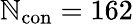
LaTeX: \mathbb{N}_{\mathrm{{con}}}=162